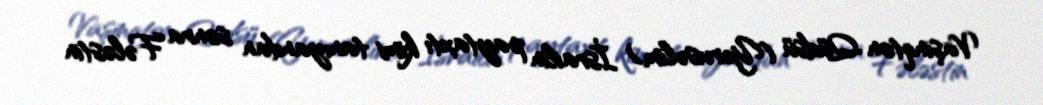
Vaşinqton Qüdsü (Yerusəlim) İsrailin paytaxtı kimi tanıyandan sonra Fələstin